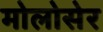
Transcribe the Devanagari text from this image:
मोलोसेर